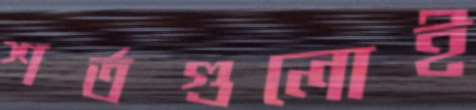
শর্তগুলোই